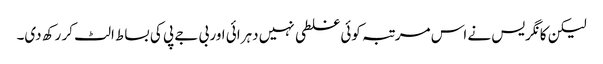
لیکن کانگریس نے اس مرتبہ کوئی غلطی نہیں دہرائی اور بی جے پی کی بساط الٹ کر رکھ دی۔